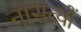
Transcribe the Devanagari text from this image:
नासत्यों